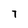
Character: 7